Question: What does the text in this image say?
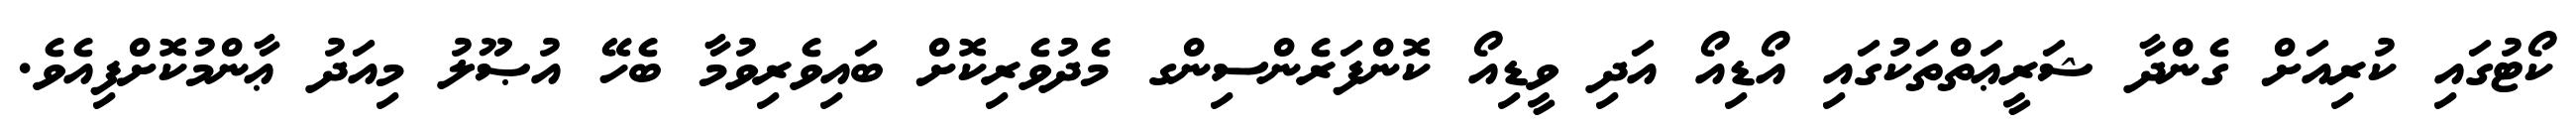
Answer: ކޯޓުގައި ކުރިއަށް ގެންދާ ޝަރީޢަތްތަކުގައި އޯޑިއޯ އަދި ވީޑިއޯ ކޮންފަރެންސިންގ މެދުވެރިކޮށް ބައިވެރިވުމާ ބެހޭ އުޞޫލު މިއަދު ޢާންމުކޮށްފިއެވެ.